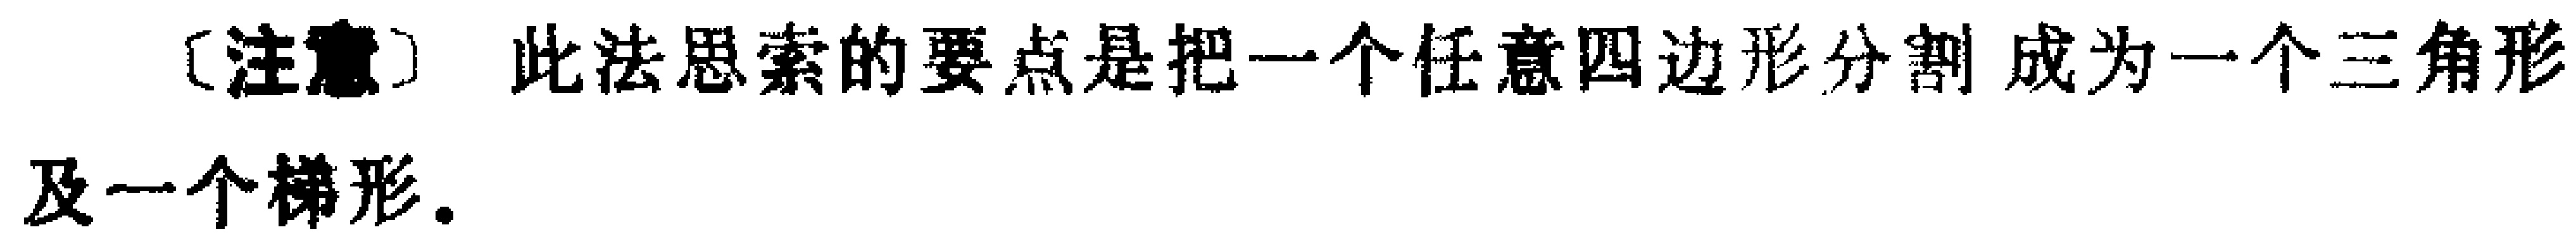
\text{〔注意〕} 此法思索的要点是把一个任意四边形分割成为一个三角形及一个梯形。